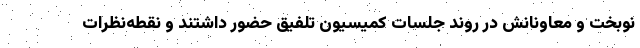
نوبخت و معاونانش در روند جلسات کمیسیون تلفیق حضور داشتند و نقطه‌نظرات